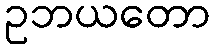
ဥဘယတော